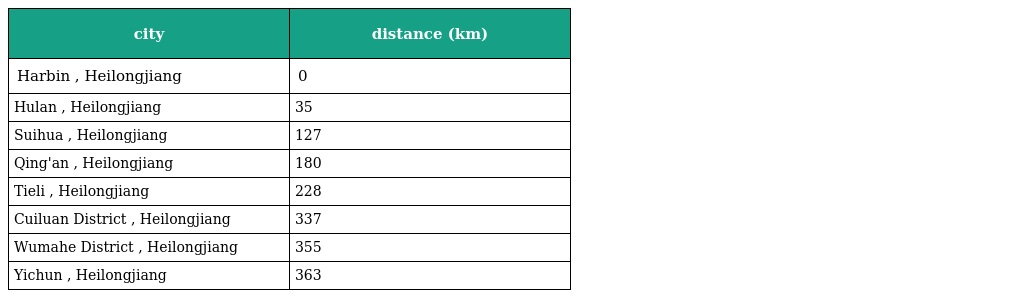
| city | distance (km) |
 | --- | --- |
 | Harbin , Heilongjiang | 0 |
 | Hulan , Heilongjiang | 35 |
 | Suihua , Heilongjiang | 127 |
 | Qing'an , Heilongjiang | 180 |
 | Tieli , Heilongjiang | 228 |
 | Cuiluan District , Heilongjiang | 337 |
 | Wumahe District , Heilongjiang | 355 |
 | Yichun , Heilongjiang | 363 |